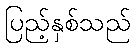
ပြည့်နှစ်သည်